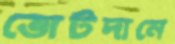
ভোটদানে